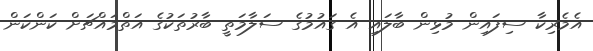
އެމެރިކާ ސިފައިން މުޅިން ބާލައި އެ ގައުމުގެ ސަލާމަތީ ބާރުތަކުގެ އަތްމައްޗަށް ކަންކަން